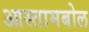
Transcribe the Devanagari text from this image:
आस्तामबोल